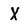
Character: X